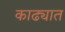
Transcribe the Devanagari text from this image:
काढ्यात